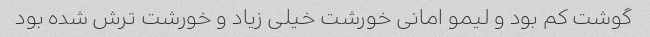
گوشت کم بود و لیمو امانی خورشت خیلی زیاد و خورشت ترش شده بود